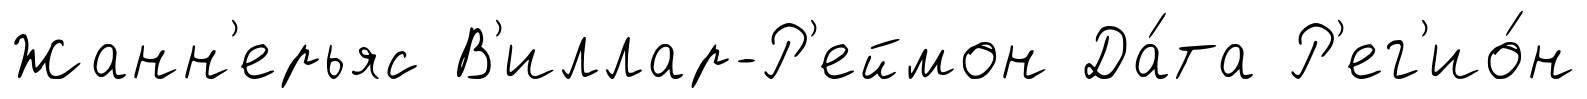
Жанн'ерьяс В'иллар-Р'еймон Да́та Р'ег'ио́н